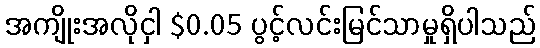
အကျိုးအလိုငှါ $0.05 ပွင့်လင်းမြင်သာမှုရှိပါသည်